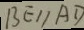
B E / / A D